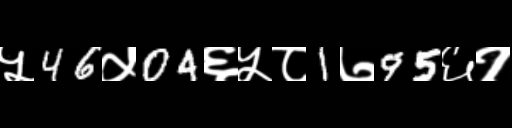
Text: ५46५04६५८1७95६१